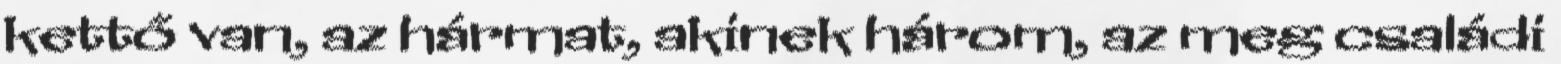
kettő van, az hármat, akinek három, az meg családi